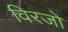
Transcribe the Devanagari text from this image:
विरजो